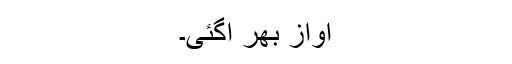
آواز بھر آگئی۔